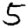
Digit: 5